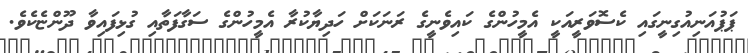
ޕަޕުއަނިއުގިނީގައި ކެސޮވަރީއަކީ އެމީހުންގެ ކައިވެނީގެ ރަނަކަށް ހަދިޔާކުރާ އެމީހުންގެ ސަގާފަތާއި ގުޅިފައިވާ ދޫންޏެކެވެ.